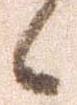
候